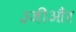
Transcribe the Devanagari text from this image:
३जीऔर